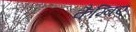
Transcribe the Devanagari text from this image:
कैम्बिए